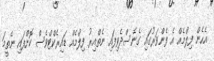
އެހެން ފިލްމެއް އެ ފެންވަރުގައި ގެނެސްދެވިފައި ނެތްއިރު ފިލްމެއް ޑައިރެކްޓްވެސް ކޮށްފައި ނެތީމަ